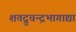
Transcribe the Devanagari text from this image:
शतद्रुचन्द्रभागाद्या